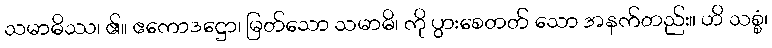
သမာဓိဿ၊ ၏။ ဧကောဒဋ္ဌော၊ မြတ်သော သမာဓိ၊ ကို ပွားစေတတ် သော အနက်တည်း။ ဟိ သစ္စံ၊